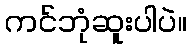
ကင်ဘုံဆူးပါပဲ။